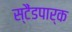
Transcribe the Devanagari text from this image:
स्टैंडपार्क